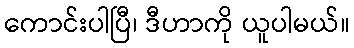
ကောင်းပါပြီ၊ ဒီဟာကို ယူပါမယ်။